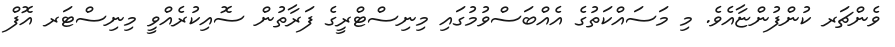
ވެންޗަރ ކުންފުންޏާއެވެ. މި މަސައްކަތުގެ އެއްބަސްވުމުގައި މިނިސްޓްރީގެ ފަރާތުން ސޮއިކުރެއްވީ މިނިސްޓަރ އޮފް